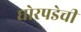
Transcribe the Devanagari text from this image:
घोरपडेची